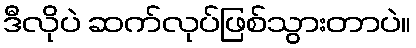
ဒီလိုပဲ ဆက်လုပ်ဖြစ်သွားတာပဲ။